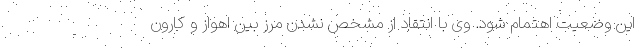
این وضعیت اهتمام شود. وی با انتقاد از مشخص نشدن مرز بین اهواز و کارون